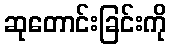
ဆုတောင်းခြင်းကို